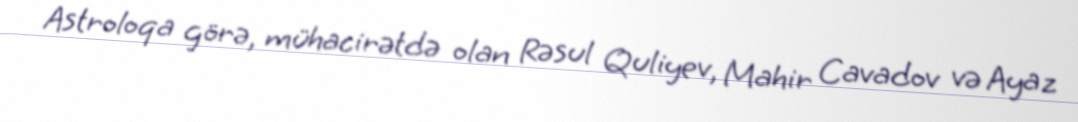
Astroloqa görə, mühacirətdə olan Rəsul Quliyev, Mahir Cavadov və Ayaz